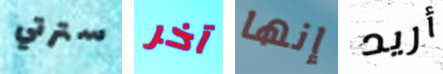
سترتي آخر إنها أريد